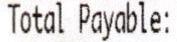
TOTAL PAYABLE: